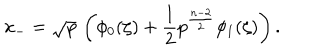
x _ { - } = \sqrt { p } \, \left( \phi _ { 0 } ( \zeta ) + \frac { 1 } { 2 } p ^ { \frac { n - 2 } { 2 } } \phi _ { 1 } ( \zeta ) \right) .